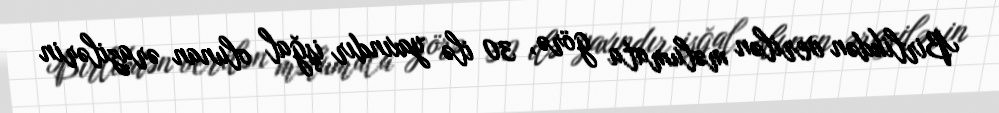
Birlikdən verilən məlumata görə, 30 ilə yaxındır işğal olunan ərazilərin